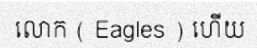
លោក ( Eagles ) ហើយ